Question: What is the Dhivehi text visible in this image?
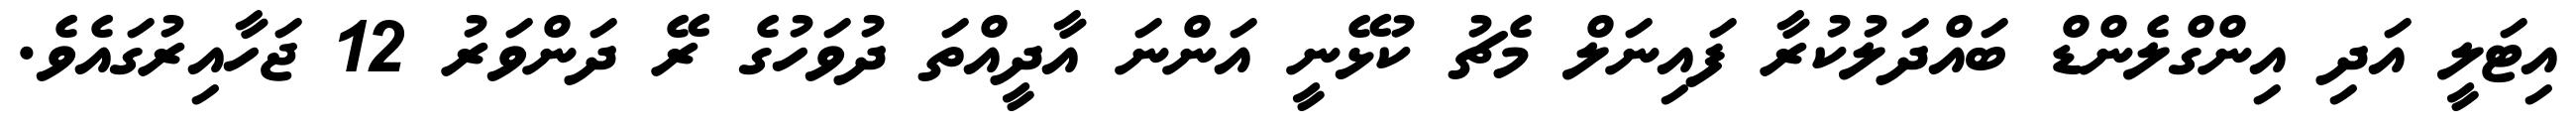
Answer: އިޓަލީ އަދި އިންގްލެންޑް ބައްދަލުކުރާ ފައިނަލް މެޗު ކުޅޭނީ އަންނަ އާދީއްތަ ދުވަހުގެ ރޭ ދަންވަރު 12 ޖަހާއިރުގައެވެ.